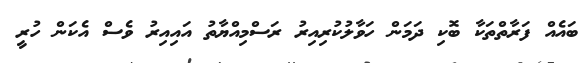
ބައެއް ފަރާތްތަކާ ބޮކި ދަމަން ހަވާލުކުރިއިރު ރަސްމިއްޔާތު އައިއިރު ވެސް އެކަން ހުރީ